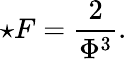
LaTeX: \star F=\frac{2}{\Phi^{3}}.